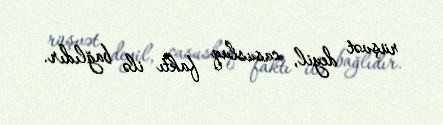
rüşvət deyil, casusluq faktı ilə bağlıdır.